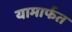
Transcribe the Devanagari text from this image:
यामार्फत